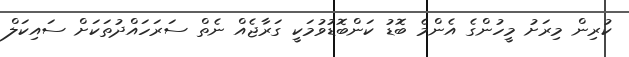
ކުރިން މިރަށު މީހުންގެ އެންމެ ބޮޑު ކަންބޮޑުވުމަކީ ގަރާޖެއް ނެތް ސަރަހައްދުތަކަށް ސައިކަލް